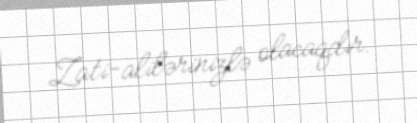
Zati-alilərinizlə olacaqdır.